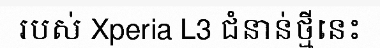
របស់ Xperia L3 ជំនាន់ថ្មីនេះ